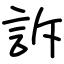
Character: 訴